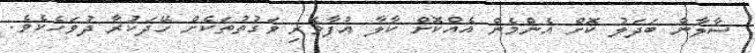
ސާލާން ބަދަލު ކޮށް އެންމެން އެއްކޮށް ކާލާ އުފާވެރި ވަގުތުތަކެށް ހޭދަކުރާ ދުވަހެކެވެ.